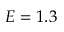
E = 1 . 3